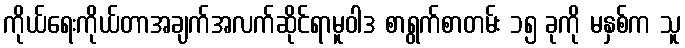
ကိုယ်ရေးကိုယ်တာအချက်အလက်ဆိုင်ရာမူဝါဒ စာရွက်စာတမ်း ၁၅ ခုကို မနှစ်က သူ